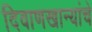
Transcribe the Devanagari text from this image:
दिवाणखान्यांचे